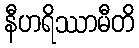
နီဟရိဿာမီတိ